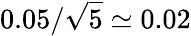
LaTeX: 0.05/\sqrt{5}\simeq 0.02